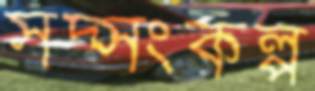
সদ্সংকল্প